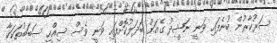
ސަރުކާރުން ބުނެފައި ވަނީ ނަޝީދު ގެއަށް ބަދަލުކޮށްފައި ވަނީ ވެސް ސިއްހީ ސަބަބުތަކަކާ